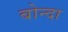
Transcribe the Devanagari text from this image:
बोन्‍दा